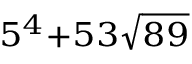
\scriptstyle 5 ^ { 4 } + 5 3 { \sqrt { 8 9 } }